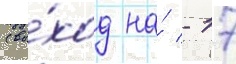
(вы́ход на́ - 17